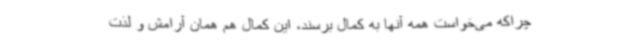
چراکه می‌خواست همه آنها به کمال برسند، این کمال هم همان آرامش و لذت